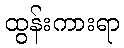
ထွန်းကားရာ